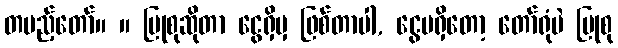
တပည့်တော်။ ။ ပြုစုဆိုတာ ငွေရှိမှ ဖြစ်တာပါ, ငွေမရှိတော့ တော်ရုံပဲ ပြုစု